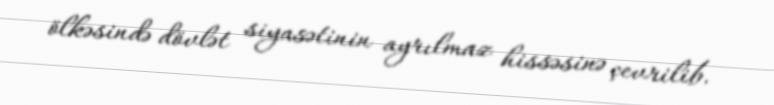
ölkəsində dövlət siyasətinin ayrılmaz hissəsinə çevrilib.